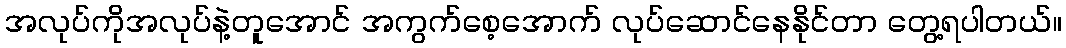
အလုပ်ကိုအလုပ်နဲ့တူအောင် အကွက်စေ့အောက် လုပ်ဆောင်နေနိုင်တာ တွေ့ရပါတယ်။